Lunatic asylums Central Provinces reports 1874-1885 - 1874-1885
Year: 1874
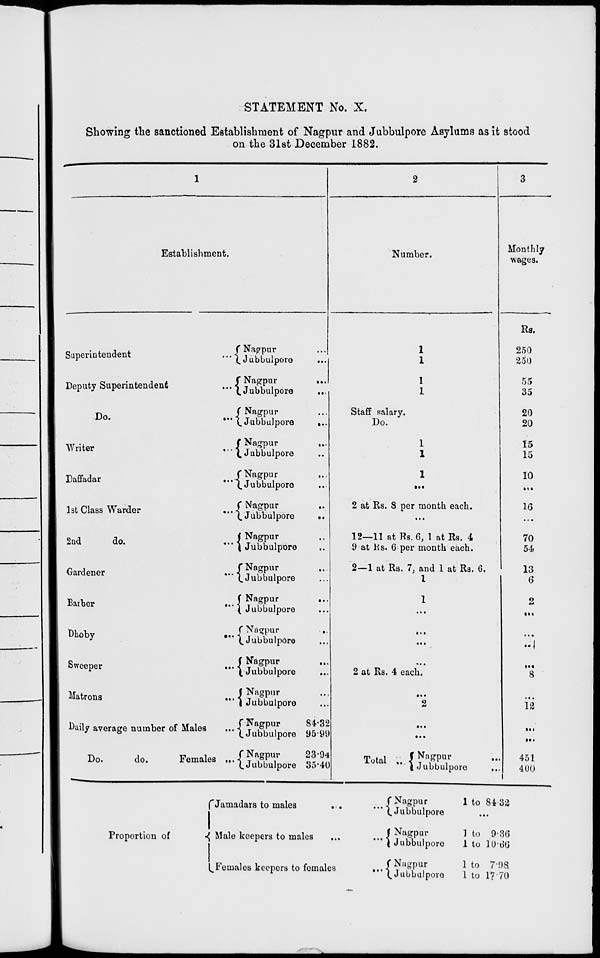
STATEMENT No. X.
Showing the sanctioned Establishment of Nagpur and Jubbulpore Asylums as it stood
on the 31st December 1882.
1
Establishment.
Superintendent
...
Deputy Superintendent
...
Do.
...
Writer
...
Daffadar
...
1st Class Warder ...
2nd
do. ...
Gardener ...
Barber
...
Dhoby
...
Sweeper ...
Matrons
...
Daily average number of Males ...
Do.
do.
Females ...
Nagpur ...
Jubbulpore ...
Nagpur
...
Jubbulpore
...
Nagpur ...
Jubbulpore
...
Nagpur ...
Jubbulpore ...
Nagpur ...
Jubbulpore ...
Nagpur ...
Jubbulpore
...
Nagpur ...
Jubbulpore ...
Nagpur ...
Jubbulpore ...
Nagpur
...
Jubbulpore ...
Nagpur
...
Jubbulpore ...
Nagpur ...
Jubbulpore
...
Nagpur ...
Jubbulpore ...
Nagpur
Jubbulpore
Nagpur
Jubbulpore
84.32
95.99
23.94
35.40
2
Number.
1
1
1
1
Staff salary.
Do.
1
1
1
...
2 at Rs. 8 per month each.
...
12—11 at Rs. 6, 1 at Rs. 4
9 at Rs. 6 per month each.
2—1 at Rs. 7, and 1 at Rs. 6.
1
1
...
...
...
...
2 at Rs. 4 each.
...
2
...
...
Total
... Nagpur ...
Jubbulpore ...
3
Monthly
wages.
Rs.
250
250
55
35
20
20
15
15
10
...
16
...
70
54
13
6
2
...
...
...
...
8
...
12
...
...
451
400
Proportion of
Jamadars to males
... ...
Male keepers to males
... ...
Females keepers to females
...
Nagpur
Jubbulpore
Nagpur
Jubbulpore
Nagpur
Jubbulpore
1 to 84.32
...
1 to 9.36
1 to 10.66
1 to 7.98
1 to 17.70